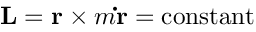
\mathbf { L } = \mathbf { r } \times m \mathbf { \dot { r } } = { \mathrm { c o n s t a n t } }